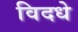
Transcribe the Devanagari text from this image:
विदधे